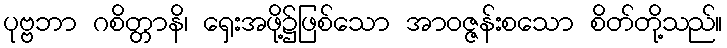
ပုဗ္ဗဘာ ဂစိတ္တာနိ၊ ရှေးအဖို့၌ဖြစ်သော အာဝဇ္ဇန်းစသော စိတ်တို့သည်။